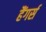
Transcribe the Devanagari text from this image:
हैंगर्स